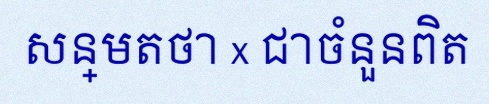
សន្មតថា x ជាចំនួនពិត